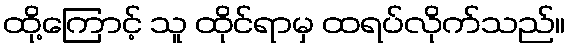
ထို့ကြောင့် သူ ထိုင်ရာမှ ထရပ်လိုက်သည်။